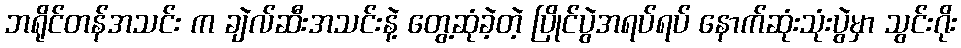
ဘရိုင်တန်အသင်း က ချဲလ်ဆီးအသင်းနဲ့ တွေ့ဆုံခဲ့တဲ့ ပြိုင်ပွဲအရပ်ရပ် နောက်ဆုံးသုံးပွဲမှာ သွင်းဂိုး